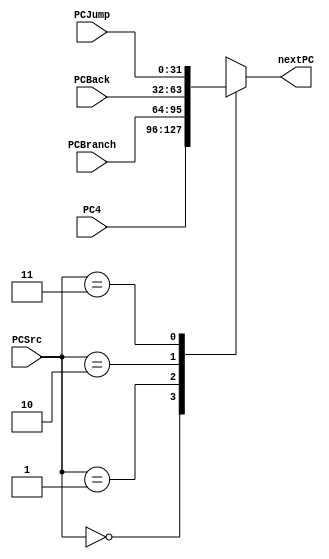
`timescale 1ns / 1ps
//////////////////////////////////////////////////////////////////////////////////
// Company: 
// Engineer: 
// 
// Design Name: 
// Module Name: PCSelector
// Project Name: 
// Target Devices: 
// Tool Versions: 
// Description: 
// 
// Dependencies: 
// 
// Revision:
// Revision 0.01 - File Created
// Additional Comments:
// 
//////////////////////////////////////////////////////////////////////////////////


module PCSelector(PCSrc, PC4, PCBranch, PCBack, PCJump, nextPC);
    input [1:0] PCSrc; // PC
    input [31:0] PC4, PCBranch, PCBack, PCJump;
    output reg [31:0] nextPC;
    
    // PC+4PC
    // PCSrcPCPCSrc
    always @(PCSrc or PC4 or PCBranch or PCBack or PCJump) begin
        case (PCSrc)
            0: nextPC <= PC4;
            1: nextPC <= PCBranch;
            2: nextPC <= PCBack;
            3: nextPC <= PCJump;
            default: nextPC <= 0;
        endcase
    end
endmodule